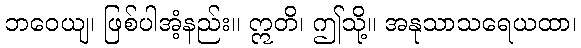
ဘဝေယျ၊ ဖြစ်ပါအံ့နည်း။ ဣတိ၊ ဤသို့။ အနုသာသရေယထာ၊